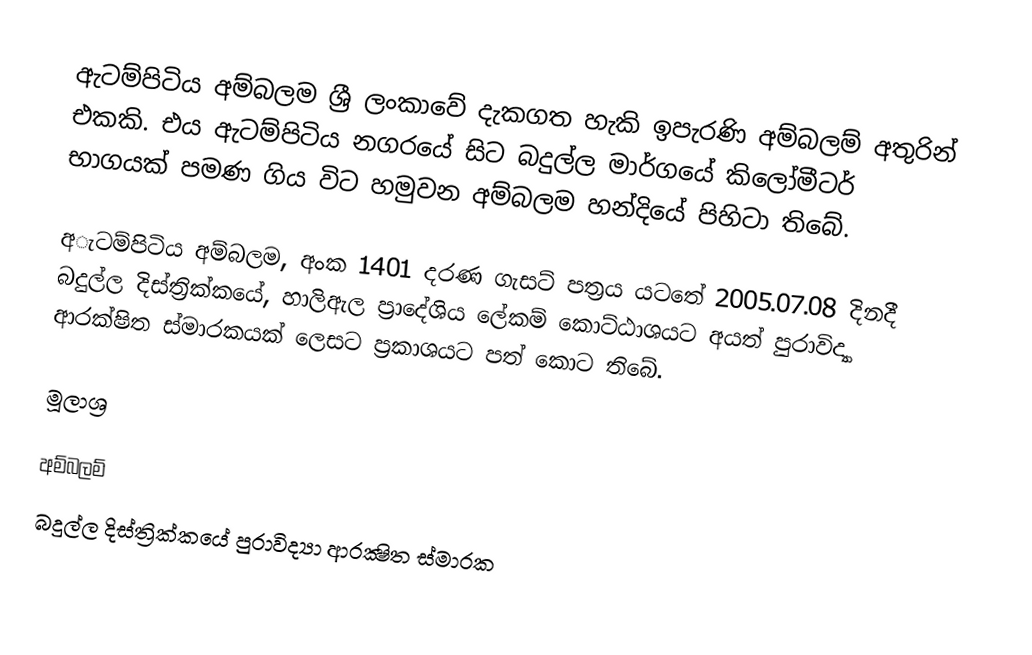
ඇටම්පිටිය අම්බලම ශ්‍රී ලංකාවේ දැකගත හැකි ඉපැරණි අම්බලම් අතුරින් එකකි. එය ඇටම්පිටිය නගරයේ සිට බදුල්ල මාර්ගයේ කිලෝමීටර් භාගයක් පමණ ගිය විට හමුවන අම්බලම හන්දියේ පිහිටා තිබේ.

අැටම්පිටිය අම්බලම, අංක 1401 දරණ ගැසට් පත්‍රය යටතේ 2005.07.08 දිනදී බදුල්ල දිස්ත්‍රික්කයේ, හාලිඇල ප්‍රාදේශිය ලේකම් කොට්ඨාශයට අයත් පුරාවිද්‍යා ආරක්ෂිත ස්මාරකයක් ලෙසට ප්‍රකාශයට පත් කොට තිබේ.

මූලාශ්‍ර

අම්බලම්
බදුල්ල දිස්ත්‍රික්කයේ පුරාවිද්‍යා ආරක්‍ෂිත ස්මාරක